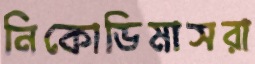
নিকোডিমাসরা